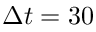
\Delta t = 3 0